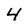
Character: 4